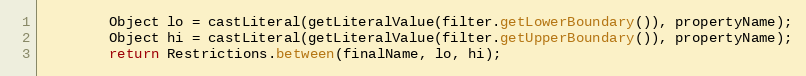
Language: Java
		Object lo = castLiteral(getLiteralValue(filter.getLowerBoundary()), propertyName);
		Object hi = castLiteral(getLiteralValue(filter.getUpperBoundary()), propertyName);
		return Restrictions.between(finalName, lo, hi);